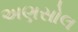
અણસોલ